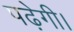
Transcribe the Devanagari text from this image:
पढ़ेगी।